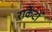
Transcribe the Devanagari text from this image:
राॅकेटों